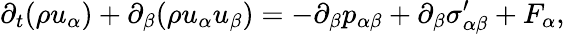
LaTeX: \partial_{t}(\rho u_{\alpha})+\partial_{\beta}(\rho u_{\alpha}u_{\beta})=-\partial_{\beta}p_{\alpha\beta}+\partial_{\beta}\sigma_{\alpha\beta}^{\prime}+F_{\alpha},